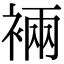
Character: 裲